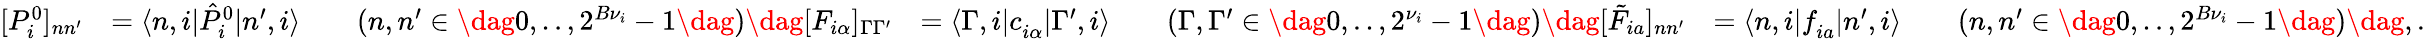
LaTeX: \begin{array}{rlrl}{[{P}_{i}^{0}]_{nn^{\prime}}}&{=\langle n,i|\hat{P}_{i}^{0}|n^{\prime},i\rangle\qquad(n,n^{\prime}\in\dag{0,..,2^{B{\nu}_{i}}-1\dag})\dag[F_{i\alpha}]_{\Gamma\Gamma^{\prime}}}&{=\langle\Gamma,i|c_{i\alpha}^{\phantom{\dagger}}|\Gamma^{\prime},i\rangle\qquad(\Gamma,\Gamma^{\prime}\in\dag{0,..,2^{{\nu}_{i}}-1\dag})\dag[\tilde{F}_{ia}]_{nn^{\prime}}}&{=\langle n,i|f_{ia}^{\phantom{\dagger}}|n^{\prime},i\rangle\qquad(n,n^{\prime}\in\dag{0,..,2^{B{\nu}_{i}}-1\dag})\dag,.}\end{array}